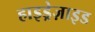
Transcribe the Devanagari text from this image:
हाइड्रेज़ाइड